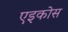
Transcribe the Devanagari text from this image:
एइकोस